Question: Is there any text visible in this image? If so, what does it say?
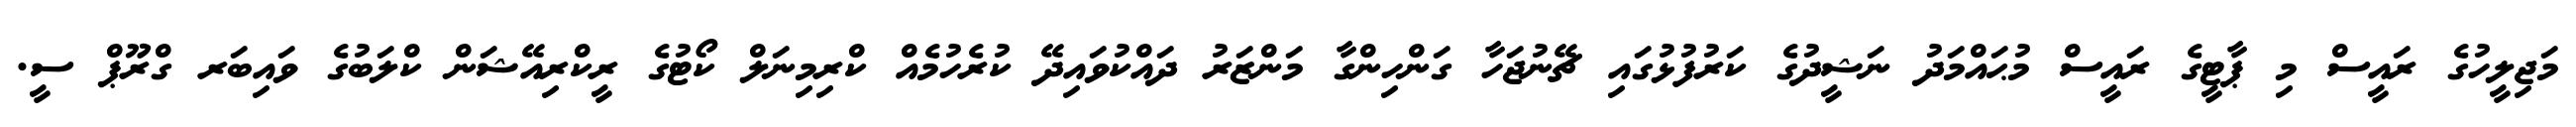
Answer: މަޖިލީހުގެ ރައީސް މި ޕާޓީގެ ރައީސް މުޙައްމަދު ނަޝީދުގެ ކަރުފުޅުގައި ޗޭނުޖަހާ ގަންހިންގާ މަންޒަރު ދައްކުވައިދޭ ކުރެހުމެއް ކްރިމިނަލް ކޯޓުގެ ރީކްރިއޭޝަން ކްލަބުގެ ވައިބަރ ގްރޫޕް ސީ.